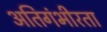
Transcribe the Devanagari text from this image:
अतिगंभीरता